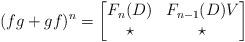
LaTeX: \begin{align*}(fg + gf)^n = \bmatrix F_n(D) & F_{n-1}(D)V \\ \star & \star \endbmatrix\end{align*}